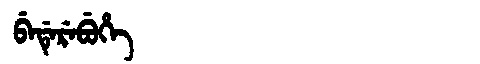
Manchu: ᠪᡝᡩᡝᡵᡝᠪᡠᡥᡝ
Romanization: BEDEREBUHE